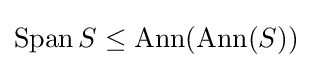
\operatorname {Span} S\leq \operatorname {Ann} (\operatorname {Ann} (S))